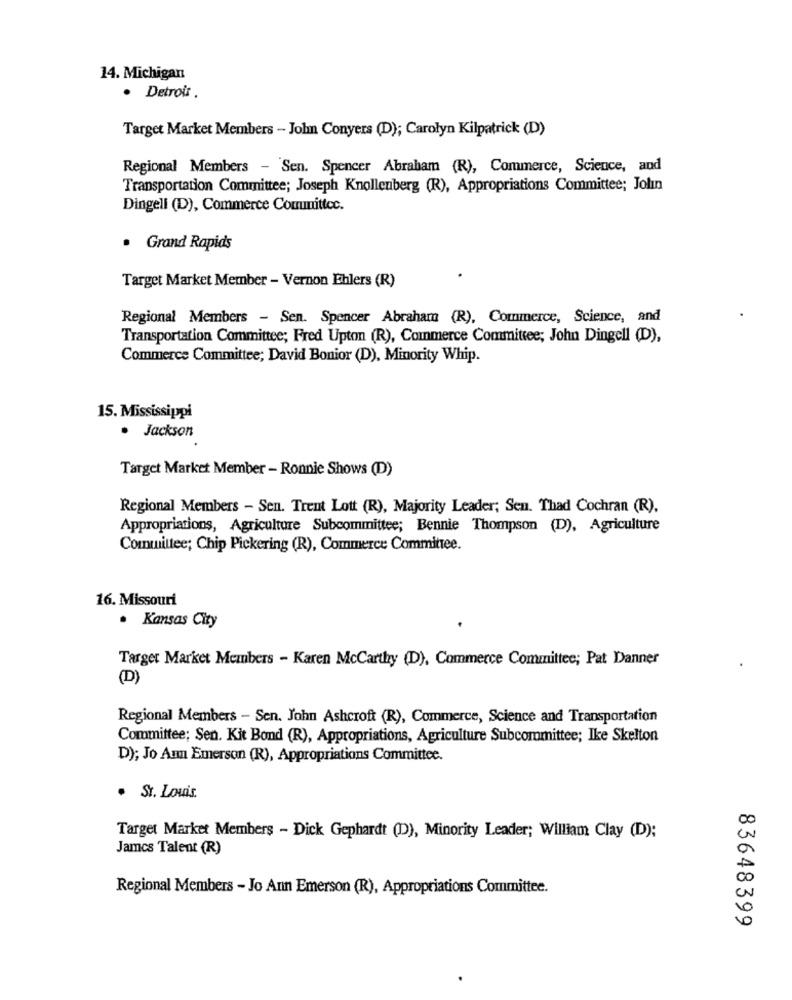
14. Michigan
· Detrol .
Target Market Members - John Conyers (D); Carolyn Kilpatrick (D)
Regional Members - Sen. Spencer Abraham (R), Commerce, Science, and
Transportation Committee; Joseph Knollenberg (R), Appropriations Committee; Jolin
Dingell (D), Commerce Comunittcc.
Grand Rapids
Target Market Member - Vernon Ehlers (R)
Regional Members - Sen. Spencer Abraham (R), Commerce, Science, and
Transportation Committee; Fired Upton (R), Commerce Committee; John Dingell (D),
Commerce Committee; David Bonior (D), Minority Whip.
15. Mississippi
. Jackson
Target Market Member - Ronnie Shows (D)
Regional Members - Sen. Trent Lott (R), Majority Leader; Seu. Thad Cochran (R).
Appropriations, Agriculture Subcommittee; Bennie Thompson (D), Agriculture
Committee; Chip Pickering (R), Commerce Committee.
16. Missouri
· Kansas City
Target Market Members - Karen McCarthy (D), Commerce Committee; Pat Danner
(D)
Regional Members - Sen. John Ashcroft (R), Commerce, Science and Transportation
Committee; Sen. Kit Bond (R), Appropriations, Agriculture Subcommittee; Ike Skelton
D); Jo Ann Emerson (R), Appropriations Committee.
. St. Louis.
Target Market Members - Dick Gephardt (D), Minority Leader; William Clay (D);
James Talent (R)
Regional Members - Jo Ann Emerson (R), Appropriations Committee.
83648399